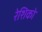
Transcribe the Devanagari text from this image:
रेशिको